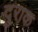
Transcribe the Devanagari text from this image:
दुराक